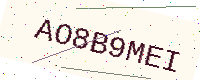
Text: AO8B9MEI